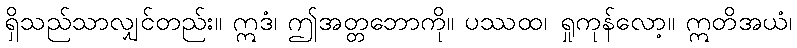
ရှိသည်သာလျှင်တည်း။ ဣဒံ၊ ဤအတ္တဘောကို။ ပဿထ၊ ရှုကုန်လော့။ ဣတိအယံ၊